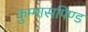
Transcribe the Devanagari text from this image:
कुम्मासपिण्ड